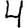
Digit: 4